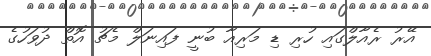
އޭރު ރެއާލްގައި ހުރި ޑި މަރިއާ ބުނީ ފައިނަލް މެޗު އޮތް ދުވަހުގެ